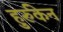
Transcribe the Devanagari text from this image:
हुर्रुकेन